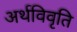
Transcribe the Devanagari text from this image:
अर्थविवृति